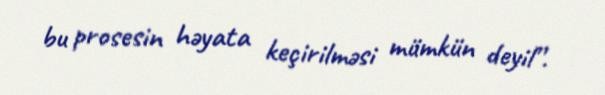
bu prosesin həyata keçirilməsi mümkün deyil”.